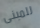
للمبنى